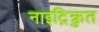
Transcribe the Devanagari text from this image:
नाइट्रिक्रुत